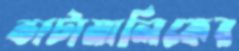
ভাটামালিকের